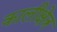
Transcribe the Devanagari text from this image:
कालीक्षेत्र